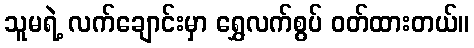
သူမရဲ့ လက်ချောင်းမှာ ရွှေလက်စွပ် ဝတ်ထားတယ်။